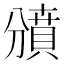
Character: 𧷐